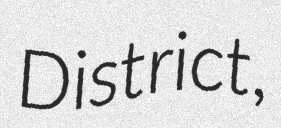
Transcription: District,